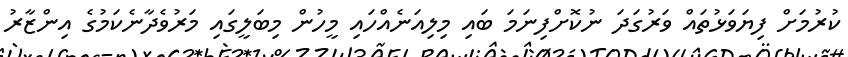
ކުރުމަށް ފިޔަވަޅުތައް ވަރުގަދަ ނުކޮށްފިނަމަ ބައި މިލިއަނެއްހައި މީހުން މިބަލީގައި މަރުވެދާނެކަމުގެ އިންޒާރު